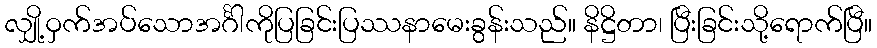
လျှို့ဝှက်အပ်သောအင်္ဂါကိုပြခြင်းပြဿနာမေးခွန်းသည်။ နိဋ္ဌိတာ၊ ပြီးခြင်းသို့ရောက်ပြီ။